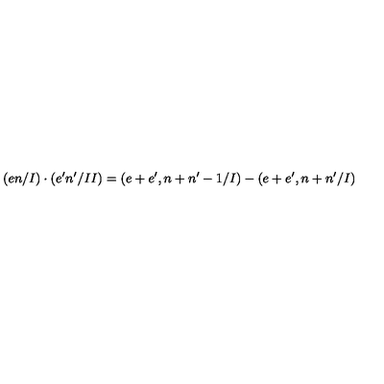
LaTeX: ( e n / I ) \cdot ( e ^ { \prime } n ^ { \prime } / I I ) = ( e + e ^ { \prime } , n + n ^ { \prime } - 1 / I ) - ( e + e ^ { \prime } , n + n ^ { \prime } / I )